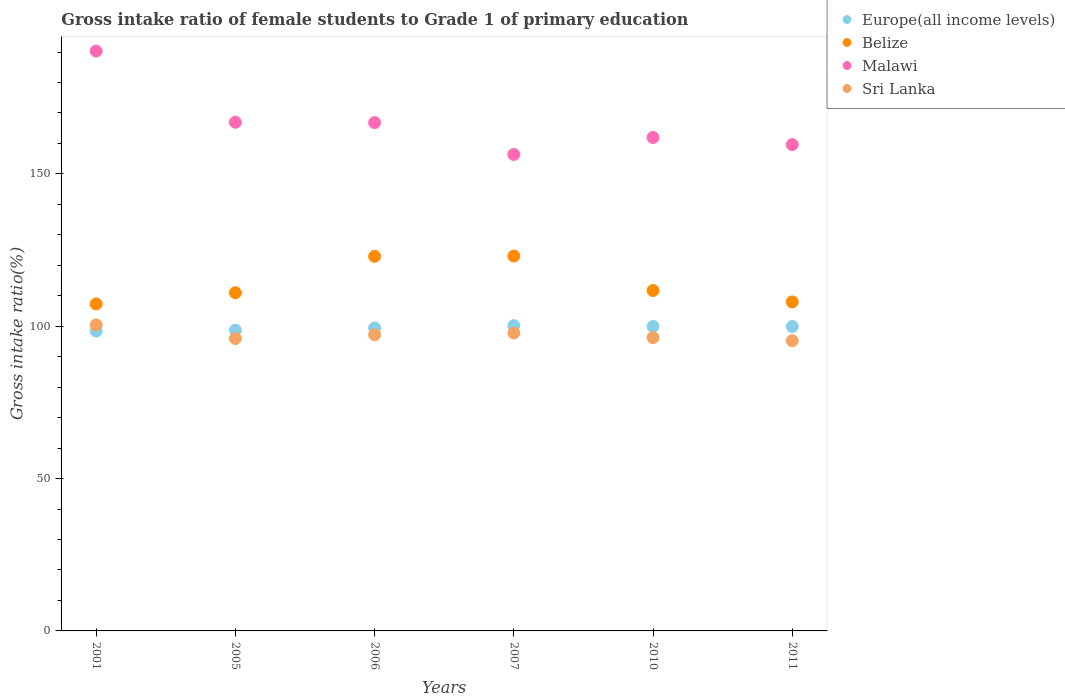
| Years | Europe(all income levels) | Belize | Malawi | Sri Lanka |
 | --- | --- | --- | --- | --- |
 | 2001 | 98.4 | 107 | 190 | 100 |
 | 2005 | 98.7 | 111 | 167 | 96 |
 | 2006 | 99.4 | 123 | 167 | 97.2 |
 | 2007 | 100 | 123 | 156 | 97.8 |
 | 2010 | 99.9 | 112 | 162 | 96.3 |
 | 2011 | 99.9 | 108 | 160 | 95.2 |